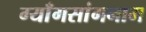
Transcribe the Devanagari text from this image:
ग्याँगसांगनाम